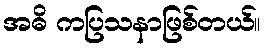
အဓိ ကပြသနာဖြစ်တယ်။